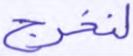
لنخرج